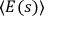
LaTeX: \langle E ( s ) \rangle